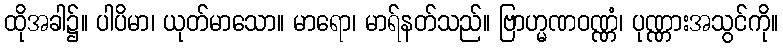
ထိုအခါ၌။ ပါပိမာ၊ ယုတ်မာသော။ မာရော၊ မာရ်နတ်သည်။ ဗြာဟ္မဏဝဏ္ဏံ၊ ပုဏ္ဏားအသွင်ကို။